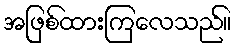
အဖြစ်ထားကြလေသည်။